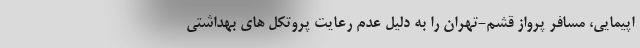
اپیمایی، مسافر پرواز قشم-تهران را به دلیل عدم رعایت پروتکل های بهداشتی